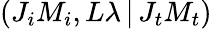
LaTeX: \left(J_{i}M_{i},L\lambda\, |\, J_{t}M_{t}\right)